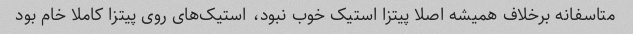
متاسفانه برخلاف همیشه اصلا پیتزا استیک خوب نبود، استیک‌های روی پیتزا کاملا خام بود